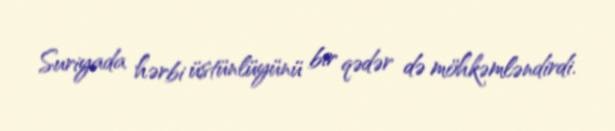
Suriyada hərbi üstünlüyünü bir qədər də möhkəmləndirdi.